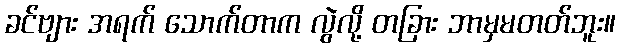
ခင်ဗျား အရက် သောက်တာက လွဲလို့ တခြား ဘာမှမတတ်ဘူး။